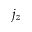
j _ { z }